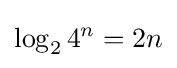
\log _{2}4^{n}=2n